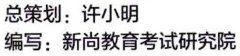
总策划：许小明
编写：新尚教育考试研究院